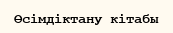
Өсімдіктану кітабы